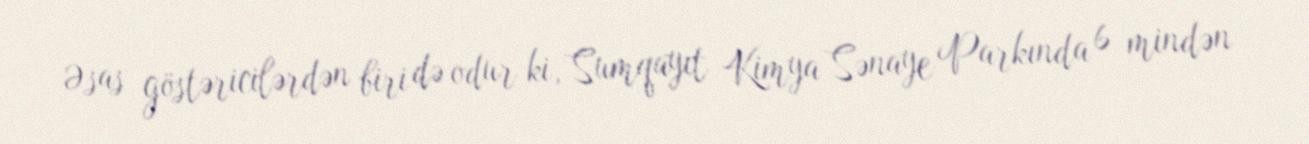
Əsas göstəricilərdən biri də odur ki, Sumqayıt Kimya Sənaye Parkında 6 mindən